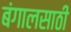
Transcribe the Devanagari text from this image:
बंगालसाठी